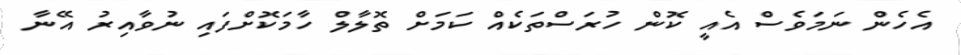
އެހެން ނަމަވެސް އެއީ ކޮން ހުރަސްތަކެއް ކަމަށް ތޮލާލް ހާމަކޮށްފައި ނުވާއިރު އޭނާ